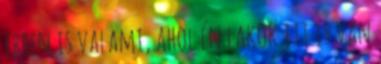
ebben is valami, ahol én lakok itt is van